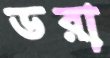
ডরা